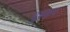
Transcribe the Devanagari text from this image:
पुश्कर